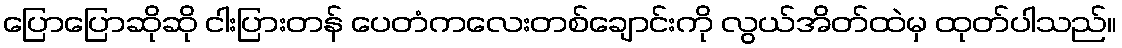
ပြောပြောဆိုဆို ငါးပြားတန် ပေတံကလေးတစ်ချောင်းကို လွယ်အိတ်ထဲမှ ထုတ်ပါသည်။